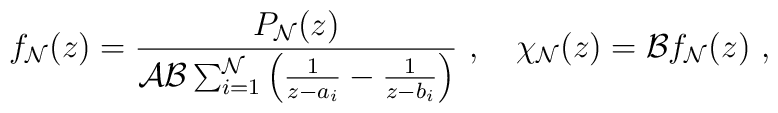
f_{\cal N}(z)= {P_{\cal N}(z)\over {\cal A}{\cal B} \sum_{i=1}^{\cal N}\left({1\over z-a_i}-{1\over z-b_i}\right) }\ ,\quad \chi_{\cal N}(z) = {\cal B} f_{\cal N}(z)\ ,